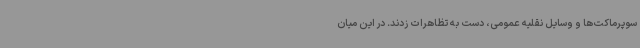
سوپرماکت‌ها و وسایل نقلیه عمومی، دست به تظاهرات زدند. در این میان